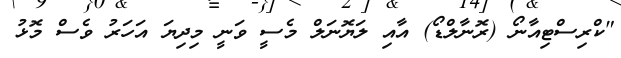
"ކްރިސްޓިއާނޯ (ރޮނާލްޑޯ) އާއި ލަޔޮނަލް މެސީ ވަނީ މިދިޔަ އަހަރު ވެސް މޮޅު